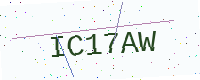
Text: IC17AW